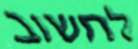
לחשוב